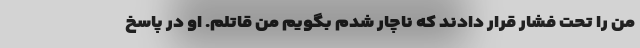
من را تحت فشار قرار دادند که ناچار شدم بگویم من قاتلم. او در پاسخ